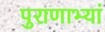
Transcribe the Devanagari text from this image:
पुराणाभ्यां